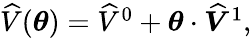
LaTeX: \begin{array}{r}{\widehat V(\boldsymbol{\theta})=\widehat V^{0}+\boldsymbol{\theta}\cdot\boldsymbol{\widehat V}^{1},}\end{array}